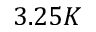
3 . 2 5 K